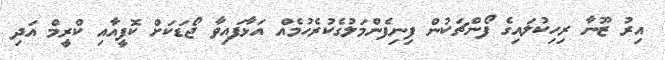
އިރު ޒޫނާ ރިހިކުލައިގެ ފޯންޗަކުން ފިނިފެންމަލުގެކުރެހުމެއް އަޅާފައިވާ ޖޯޑަކަށް ކޮފީއާއި ކްރީމް އަދި